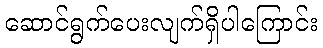
ဆောင်ရွက်ပေးလျက်ရှိပါကြောင်း